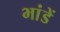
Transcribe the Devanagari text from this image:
भांडें